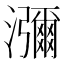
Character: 瀰